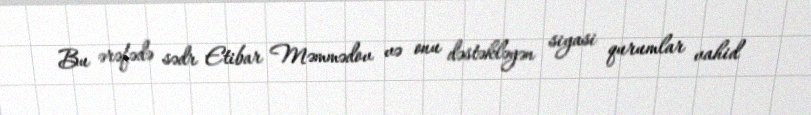
Bu ərəfədə sədr Etibar Məmmədov və onu dəstəkləyən siyasi qurumlar vahid